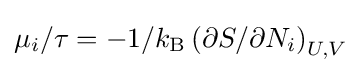
\mu _{i}/\tau =-1/k_{\text{B}}\left(\partial S/\partial N_{i}\right)_{U,V}